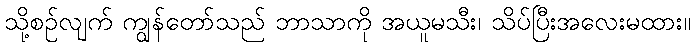
သို့စဉ်လျက် ကျွန်တော်သည် ဘာသာကို အယူမသီး၊ သိပ်ပြီးအလေးမထား။